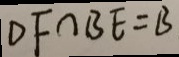
D F \cap B E = B